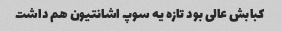
کبابش عالی بود تازه یه سوپ اشانتیون هم داشت